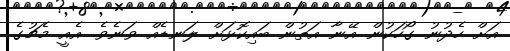
އަށް ހެދުނު ގޯހަކުން އޭނާ އަތުން ބައިކޮޅަށް ލަނޑެއް ވަނެވެ. އެއީ މެޗުގެ